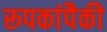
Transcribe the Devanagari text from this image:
रूपकांपैकी